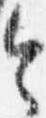
令